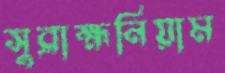
সুব্রাহ্মনিয়াম